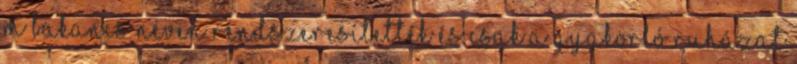
M bakancs néven rendszeresítették és csak a gyakorló ruházat